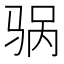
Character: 䯄